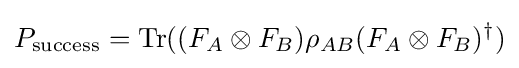
P_{\text{success}}={\text{Tr}}((F_{A}\otimes F_{B})\rho _{AB}(F_{A}\otimes F_{B})^{\dagger })